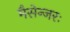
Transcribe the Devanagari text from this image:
मैसेन्जरः